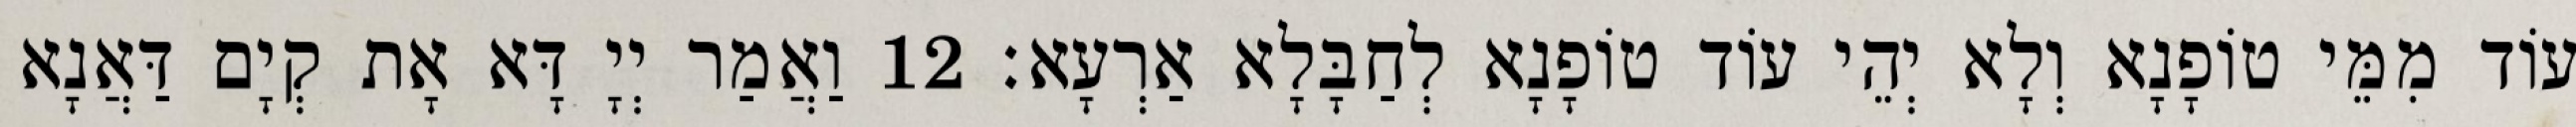
עוֹד מִמֵּי טוֹפָנָא וְלָא יְהֵי עוֹד טוֹפָנָא לְחַבָּלָא אַרְעָא׃ 12 וַאֲמַר יְיָ דָּא אָת קְיָם דַּאֲנָא